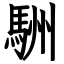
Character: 駲